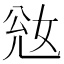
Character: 𡜎